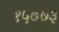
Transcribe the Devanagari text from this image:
१५७७३